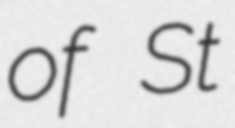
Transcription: of St